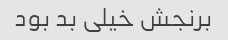
برنجش خیلی بد بود